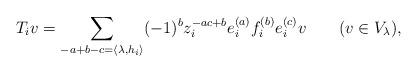
LaTeX: \begin{align*}T_iv=\sum_{-a+b-c=\langle\lambda,h_i\rangle}(-1)^bz_i^{-ac+b}e_i^{(a)}f_i^{(b)}e_i^{(c)}v\qquad(v\in V_\lambda),\end{align*}